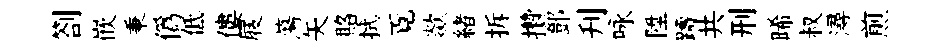
劄嵌秉偽低僂屐蕩矢賂拭覔歘緖拆攢鄧刋咏陞躊共刑晞叔潯煎